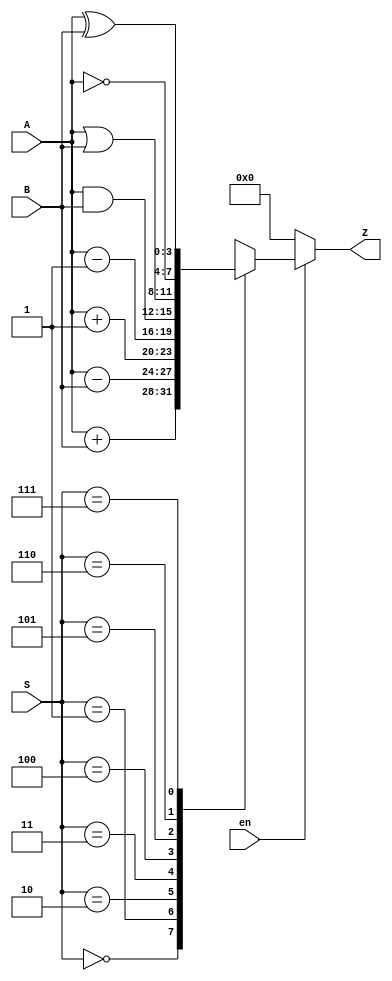
`timescale 1ns / 1ps
//////////////////////////////////////////////////////////////////////////////////
// Company: 
// Engineer: 
// 
// Design Name: 
// Module Name: ALU
// Project Name: 
// Target Devices: 
// Tool Versions: 
// Description: 
// 
// Dependencies: 
// 
// Revision:
// Revision 0.01 - File Created
// Additional Comments:
// 
//////////////////////////////////////////////////////////////////////////////////

module ALU(
    input [3:0] A,
    input [3:0] B,
    input [2:0] S,
    input en,
    output reg [3:0] Z
    );
    
    always @* begin
    if(en)begin
        case(S)
            3'b000: Z = A + B;//toplama
            3'b001: Z = A - B;//ckarma
            3'b010: Z = A + 1;//A+1
            3'b011: Z = A - 1;//A-1
            3'b100: Z = A & B;//A and B
            3'b101: Z = A | B;//A or B
            3'b110: Z = ~A;//not A
            3'b111: Z = A ^ B;//A xor B
            default:Z = A + B;//toplama
        endcase
    end
    else
        Z = 0;
        
    end
endmodule